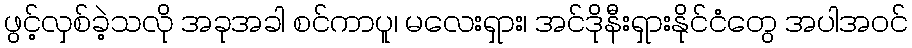
ဖွင့်လှစ်ခဲ့သလို အခုအခါ စင်ကာပူ၊ မလေးရှား၊ အင်ဒိုနီးရှားနိုင်ငံတွေ အပါအဝင်